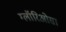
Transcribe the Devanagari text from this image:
ग्लॉरिओसा